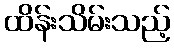
ထိန်းသိမ်းသည့်